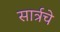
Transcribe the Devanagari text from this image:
सार्त्रचे